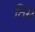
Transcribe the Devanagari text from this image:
तिस्र